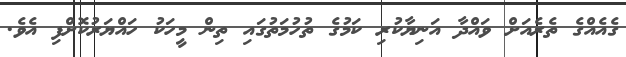
ގެއެއްގެ ތެރެއަށް ވައްދާ އަނިޔާކުރި ކަމުގެ ތުހުމަތުގައި ތިން މީހަކު ހައްޔަރުކޮށްފި އެވެ.